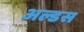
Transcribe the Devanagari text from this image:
अल्डस